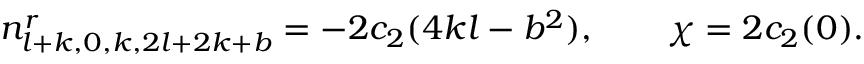
n _ { l + k , 0 , k , 2 l + 2 k + b } ^ { r } = - 2 c _ { 2 } ( 4 k l - b ^ { 2 } ) , \ \ \ \ \ \ \chi = 2 c _ { 2 } ( 0 ) .